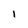
Character: 1